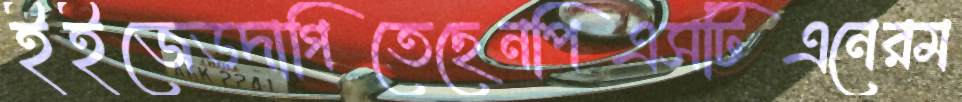
ইইজেডদাগিতেছেনপিএসটিএনেরম